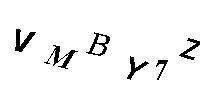
VMBY7Z